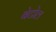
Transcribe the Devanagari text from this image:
बेटोल